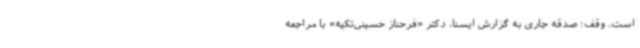
است. وقف؛ صدقه جاری به گزارش ایسنا، دکتر «فرحناز حسینی‌تکیه» با مراجعه